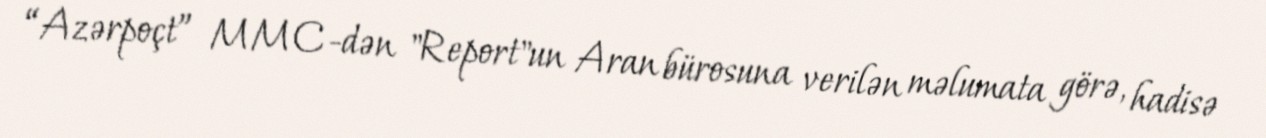
“Azərpoçt” MMC-dən "Report"un Aran bürosuna verilən məlumata görə, hadisə